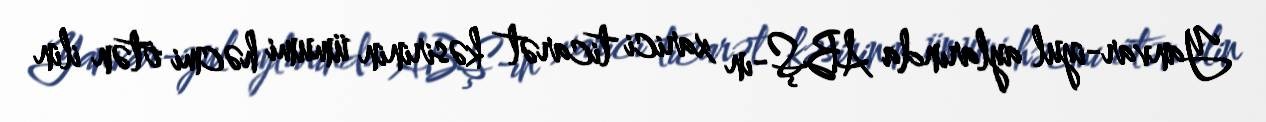
Yanvar-iyul aylarında ABŞ-ın xarici ticarət kəsirinin ümumi həcmi ötən ilin